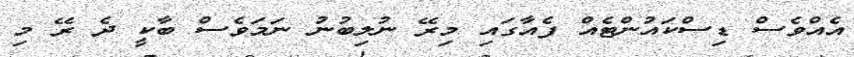
އެއްވެސް ޑިސްކައުންޓެއް ފެއާގައި މިރޭ ނުލިބުނު ނަމަވެސް ބާކީ ދެ ރޭ މި